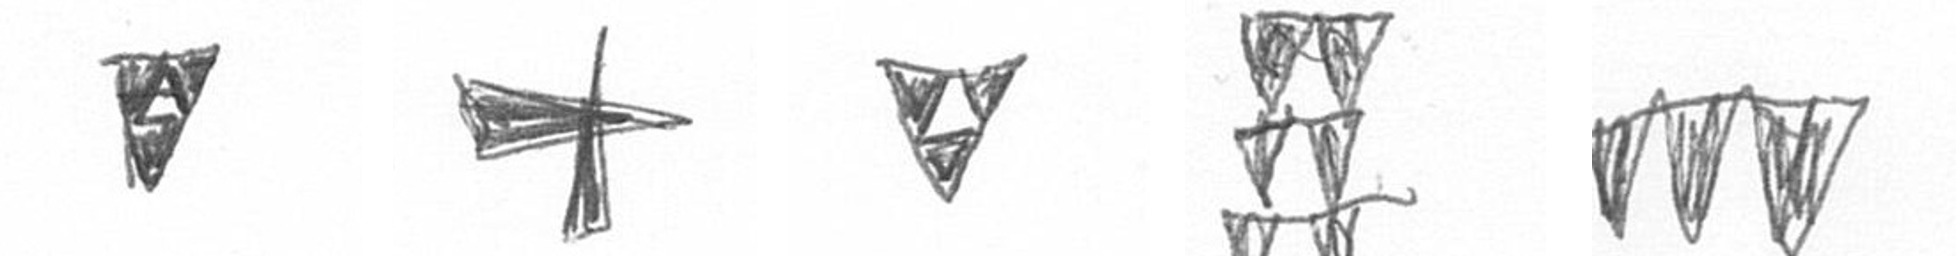
S G S Y L